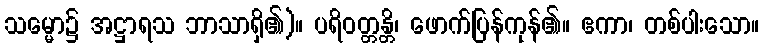
သမ္မော၌ အဋ္ဌာရသ ဘာသာရှိ၏)။ ပရိဝတ္တန္တိ၊ ဖောက်ပြန်ကုန်၏။ ဧကာ၊ တစ်ပါးသော။